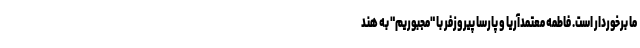
ما برخوردار است. فاطمه معتمدآریا و پارسا پیروزفر با "مجبوریم" به هند